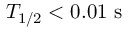
T _ { 1 / 2 } < 0 . 0 1 ~ \mathrm { s }